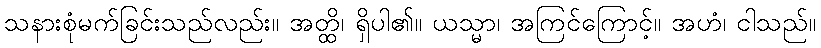
သနားစုံမက်ခြင်းသည်လည်း။ အတ္ထိ၊ ရှိပါ၏။ ယသ္မာ၊ အကြင်ကြောင့်။ အဟံ၊ ငါသည်။